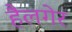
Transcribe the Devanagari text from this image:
हैलगेर